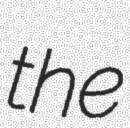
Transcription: the